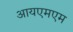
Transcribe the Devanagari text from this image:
आयएमएम